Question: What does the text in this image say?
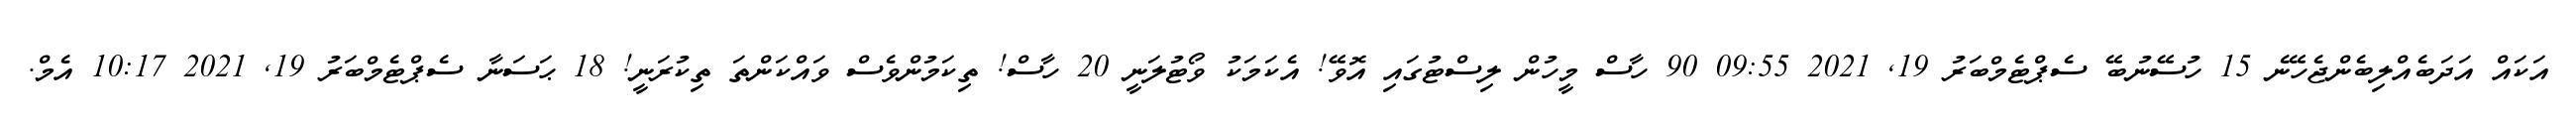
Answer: އަކައް އަދަބެއްލިބެންޖެހޭނެ 15 ހުސޭނުބޭ ސެޕްޓެމްބަރު 19, 2021 09:55 90 ހާސް މީހުން ލިސްޓުގައި އޮވޭ! އެކަމަކު ވޯޓުލަނީ 20 ހާސް! ތިކަމުންވެސް ވައްކަންތަ ތިކުރަނީ! 18 ޙަސަނާ ސެޕްޓެމްބަރު 19, 2021 10:17 އެމް.